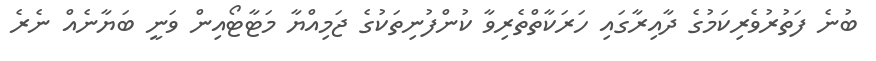
ބުނެ ފަތުރުވެރިކަމުގެ ދާއިރާގައި ހަރަކާތްތެރިވާ ކުންފުނިތަކުގެ ޖަމިއްޔާ މަޓާޓޯއިން ވަނީ ބަޔާނެއް ނެރެ